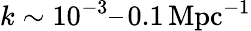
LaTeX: k\sim 10^{-3}–\, 0.1\, \mathrm{Mpc^{-1}}